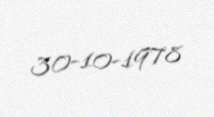
30-10-1978